NAE_EAA_P-553_Koit_kolhoos, lk 5
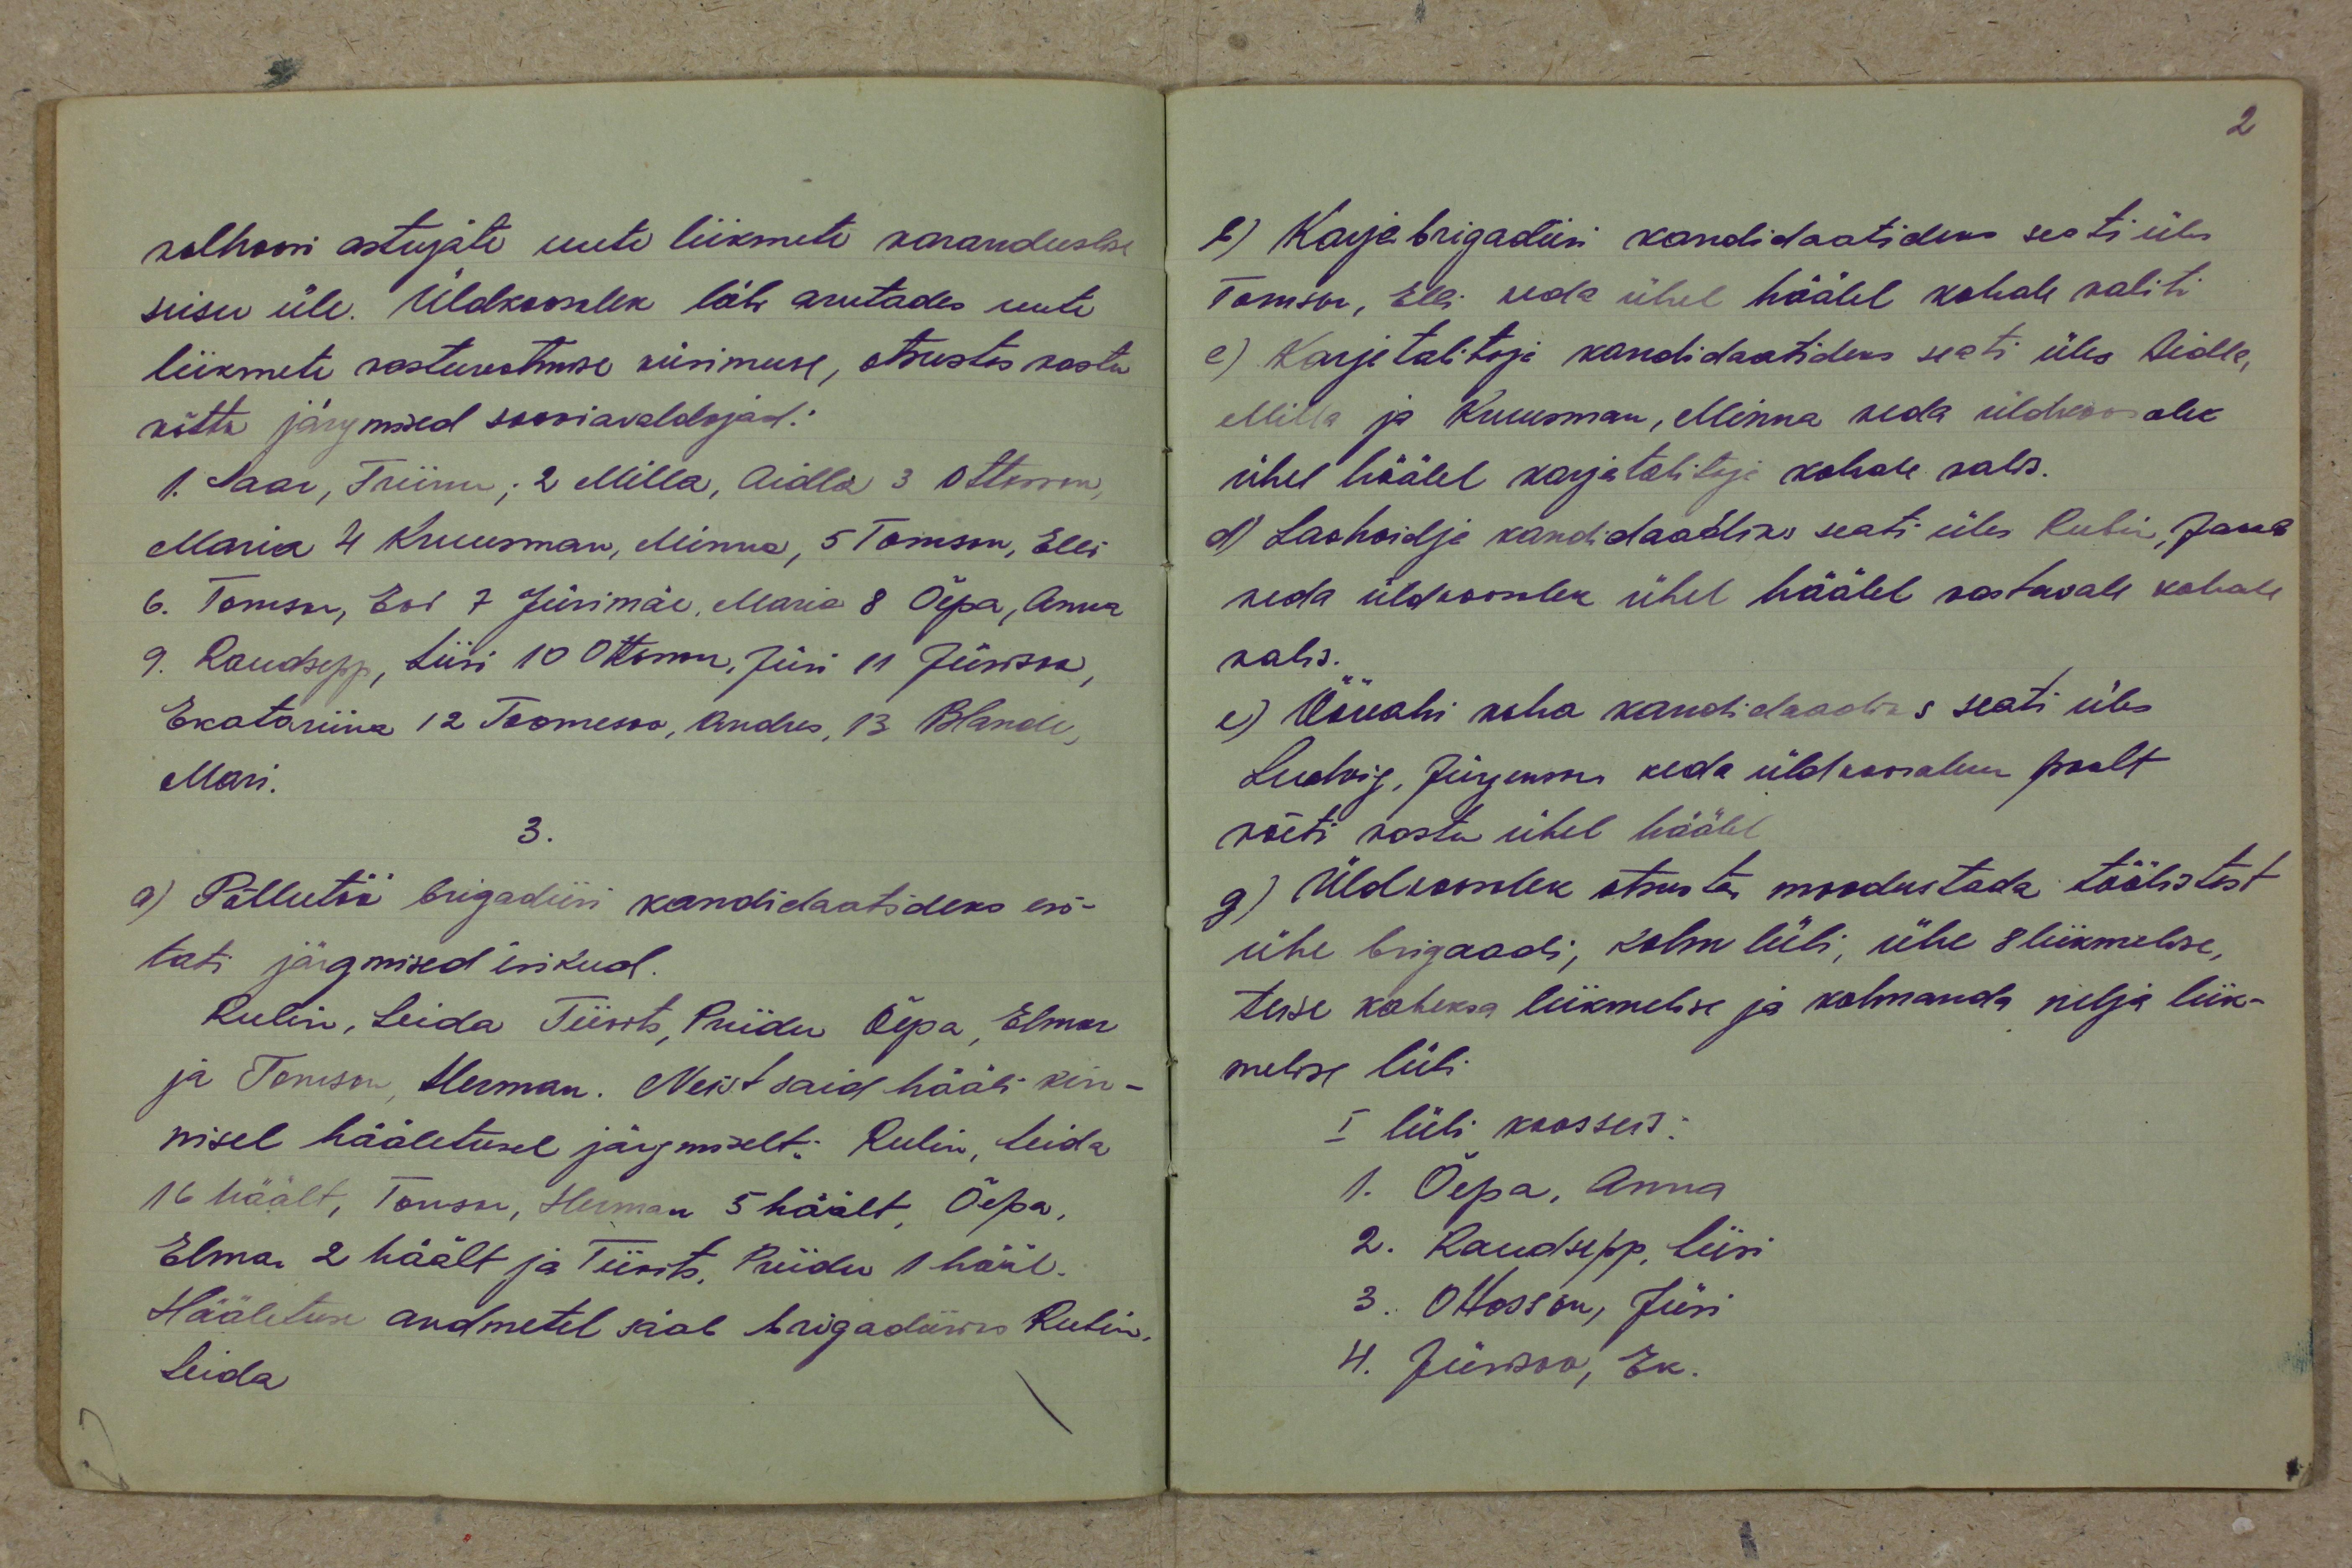
kolhoosi astujate uute liikmete varanduslise
seisu üle. Üldkoosolek läb arutades uute
liikmete vastuvotmise küsimuse, otsustas vastu
võtta järgmised sooviavaldajad:
1. Saar, Triinu; 2 Milla, Aidla 3 Ottoson,
Maria 4 Kruusman, Minna, 5 Tomson, Elli
6. Tomson, Evi 7 Jürimäe, Maria 8 Õepa, Anna
9. Raudsepp, Liisi 10 Ottoson, Jüri 11 Jürison,
Ekateriina 12 Toomesoo Andres, 13 Blande,
Mari.
3.
a) Põllutöö brigadiiri kandidaatideks esi-
tati järgmised isikud.
Rulin, Leida Tiivits, Priidu Õepa, Elmar
ja Tomson, Herman. Neist said hääli kin-b
nisel hääletusel järgmiselt: Rubin, Leida
16 häält, Tomson, Herman 5 häält, Õepa,
Elmar 2 häält ja Tiivits, Priidu 1 hääl.
Hääletuse andmetel saab brigadiiriks Rubin
Leida

b) Karjabrigadiiri kandidaatideks seati üles
Tomson, Elli keda ühel häälel kohale valiti
c) Karjatalitaja kandidaatideks seati üles Aidla,
Milla ja Kruusman, Minna keda üldkoosolek
ühel häälel karjatalitaja kohale valis.
d) Laohoidja kandidaadiks seati üles Rubin, Jakob
seda üldkoosolek ühel häälel vastavale kohale
valis.
e) Öövahi koha kandidaadiks seati üles
Ludvig Jürgenson, keda üldkoosoleku poolt
võeti vastu ühel häälel
g) Üldkoosolek otsusta moodustada töölistest
ühe brigaadi, kohu lüli, ühe 8 liikmelise,
teise kaheksa liikmelise ja kolmanda nelja liik-
melise lüli
I lüli koosseis:
1. Õepa, Anna
2. Raudsepp, Liisi
3. Ottosson, Jüri
4. Jürisoo, Ek.